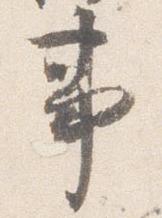
事